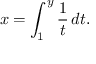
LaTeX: x = \int _ { 1 } ^ { y } { \frac { 1 } { t } } \, d t .